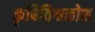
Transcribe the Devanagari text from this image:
कृषिविश्वकोश